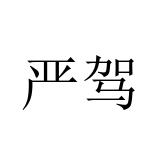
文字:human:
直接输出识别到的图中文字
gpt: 严驾